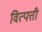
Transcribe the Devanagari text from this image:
वित्पत्ती